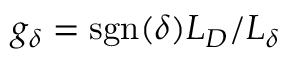
g _ { \delta } = \mathrm { s g n } ( \delta ) L _ { D } / L _ { \delta }